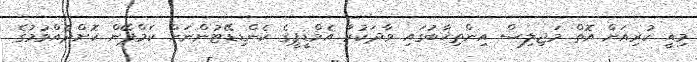
މިއީ ކުރިއަށް އޮތް މަޖިލިސް އިންތިޚާބުގައި ވާދަކުރާ އެމްޑީޕީގެ ކެންޑިޑޭޓުންނަށް ކެމްޕޭން ކޮށްދެއްވުމުގެ